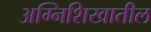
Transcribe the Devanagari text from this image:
अग्निशिखातील